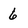
Character: 6